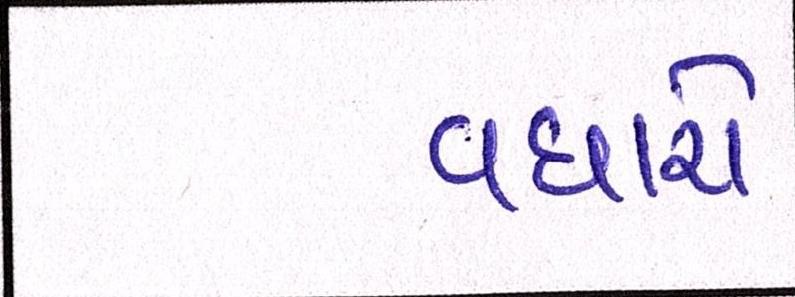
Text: વધારો